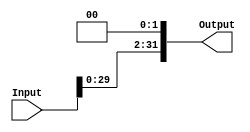
module Shift_Left_Two(output [31:0] Output,input[31:0] Input);
  assign Output={Input[29:0] ,2'b00};
endmodule